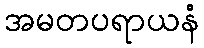
အမတပရာယနံ